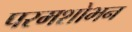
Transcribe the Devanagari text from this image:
परमशोभन